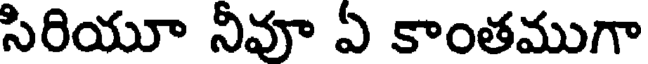
సిరియూ నీవూ ఏ కాంతముగా